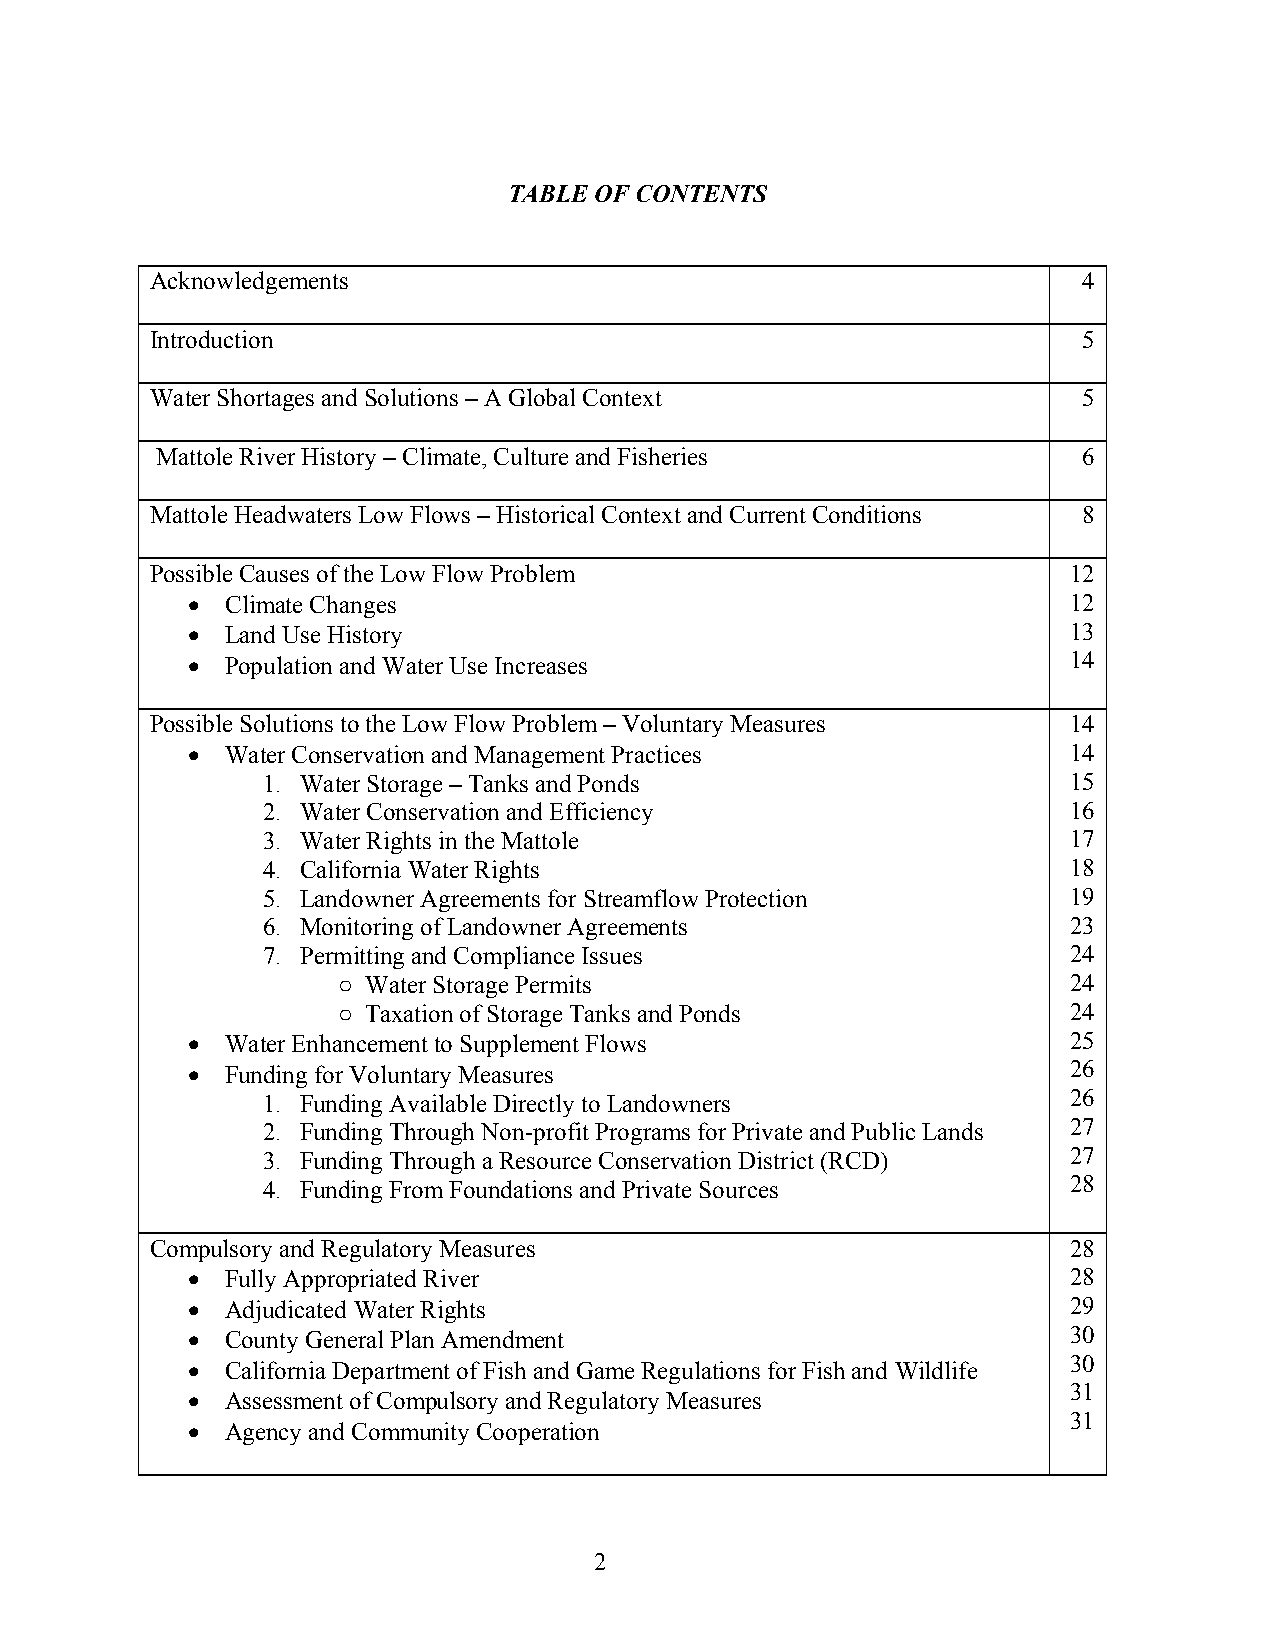
TABLE OF CONTENTS
 Acknowledgements                                              4
 Introduction                                                  5
 Water Shortages and Solutions – A Global Context              5
 Mattole River History – Climate, Culture and Fisheries        6
 Mattole Headwaters Low Flows – Historical Context and Current Conditions 8
 Possible Causes of the Low Flow Problem                      12
 •  Climate Changes                                         12
 •  Land Use History                                        13
 •  Population and Water Use Increases                      14
 Possible Solutions to the Low Flow Problem – Voluntary Measures 14
 •  Water Conservation and Management Practices             14
 1. Water Storage – Tanks and Ponds                    15
 2. Water Conservation and Efficiency                  16
 3. Water Rights in the Mattole                        17
 4. California Water Rights                            18
 5. Landowner Agreements for Streamflow Protection     19
 6. Monitoring of Landowner Agreements                 23
 7. Permitting and Compliance Issues                   24
 ○ Water Storage Permits                          24
 ○ Taxation of Storage Tanks and Ponds            24
 •  Water Enhancement to Supplement Flows                   25
 •  Funding for Voluntary Measures                          26
 1. Funding Available Directly to Landowners           26
 2. Funding Through Non-profit Programs for Private and Public Lands 27
 3. Funding Through a Resource Conservation District (RCD) 27
 4. Funding From Foundations and Private Sources       28
 Compulsory and Regulatory Measures                           28
 •  Fully Appropriated River                                28
 •  Adjudicated Water Rights                                29
 •  County General Plan Amendment                           30
 30
 •  California Department of Fish and Game Regulations for Fish and Wildlife
 31
 •  Assessment of Compulsory and Regulatory Measures
 31
 •  Agency and Community Cooperation
 2